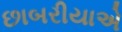
છાબરીયાએ